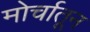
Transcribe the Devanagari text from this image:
मोर्चातून